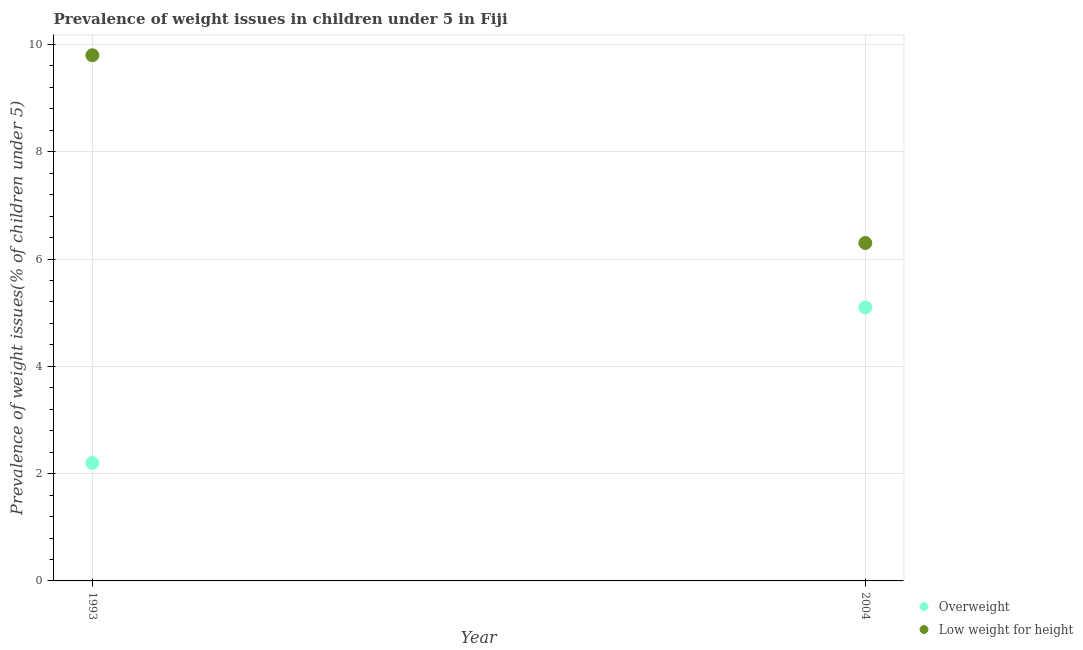
| Year | Overweight | Low weight for height |
 | --- | --- | --- |
 | 1993 | 2.2 | 9.8 |
 | 2004 | 5.1 | 6.3 |